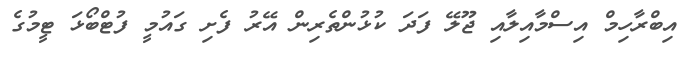
އިބްރާހިމް އިސްމާއިލާއި ޖޫލޭ ފަދަ ކުޅުންތެރިން އޭރު ފެށި ގައުމީ ފުޓްބޯޅަ ޓީމުގެ